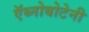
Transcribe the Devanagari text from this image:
ऍथ्नोबोटेनी